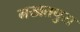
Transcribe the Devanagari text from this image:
नखतपुरा